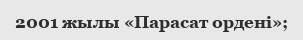
2001 жылы «Парасат ордені»;